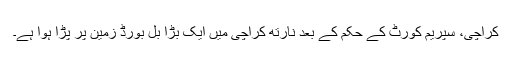
کراچی، سپریم کورٹ کے حکم کے بعد نارتھ کراچی میں ایک بڑا بل بورڈ زمین پر پڑا ہوا ہے۔